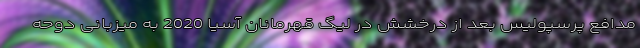
مدافع پرسپولیس بعد از درخشش در لیگ قهرمانان آسیا 2020 به میزبانی دوحه